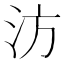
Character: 汸